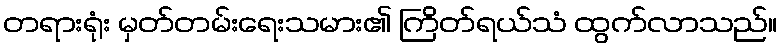
တရားရုံး မှတ်တမ်းရေးသမား၏ ကြိတ်ရယ်သံ ထွက်လာသည်။